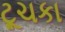
ટૂચકા